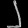
Digit: ၂